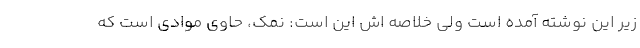
زیر این نوشته آمده است ولی خلاصه اش این است: نمک، حاوی موادی است که